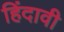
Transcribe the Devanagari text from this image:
हिंदावी